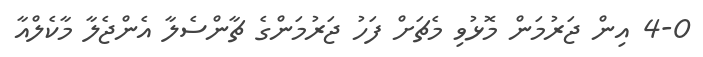
4-0 އިން ޖަރުމަން މޮޅުވި މެޗަށް ފަހު ޖަރުމަންގެ ޗާންސެލާ އެންޖެލާ މާކެލްއާ